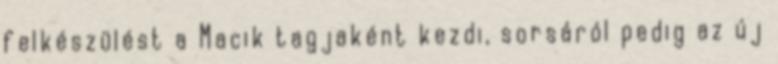
felkészülést a Macik tagjaként kezdi, sorsáról pedig az új